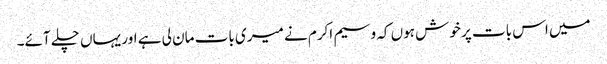
میں اس بات پر خوش ہوں کہ وسیم اکرم نے میری بات مان لی ہے اور یہاں چلے آئے۔